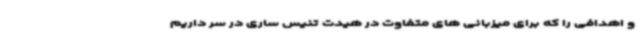
و اهدافی را که برای میزبانی های متفاوت در هیدت تنیس ساری در سر داریم